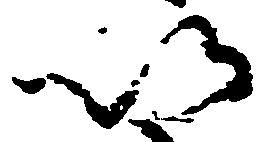
以